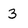
Character: 3